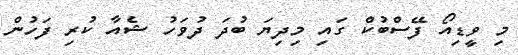
މި ވީޑިއޯ ފޭސްބުކް ގައި މިދިޔަ ބުދަ ދުވަހު ޝެއާ ކުރި ފަހުން